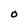
Character: O